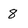
Character: 8